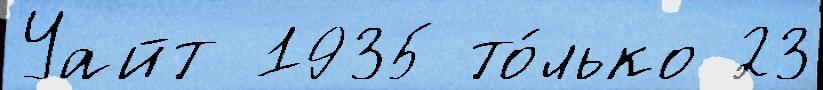
Уайт 1935 то́лько 23